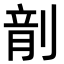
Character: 𪟍